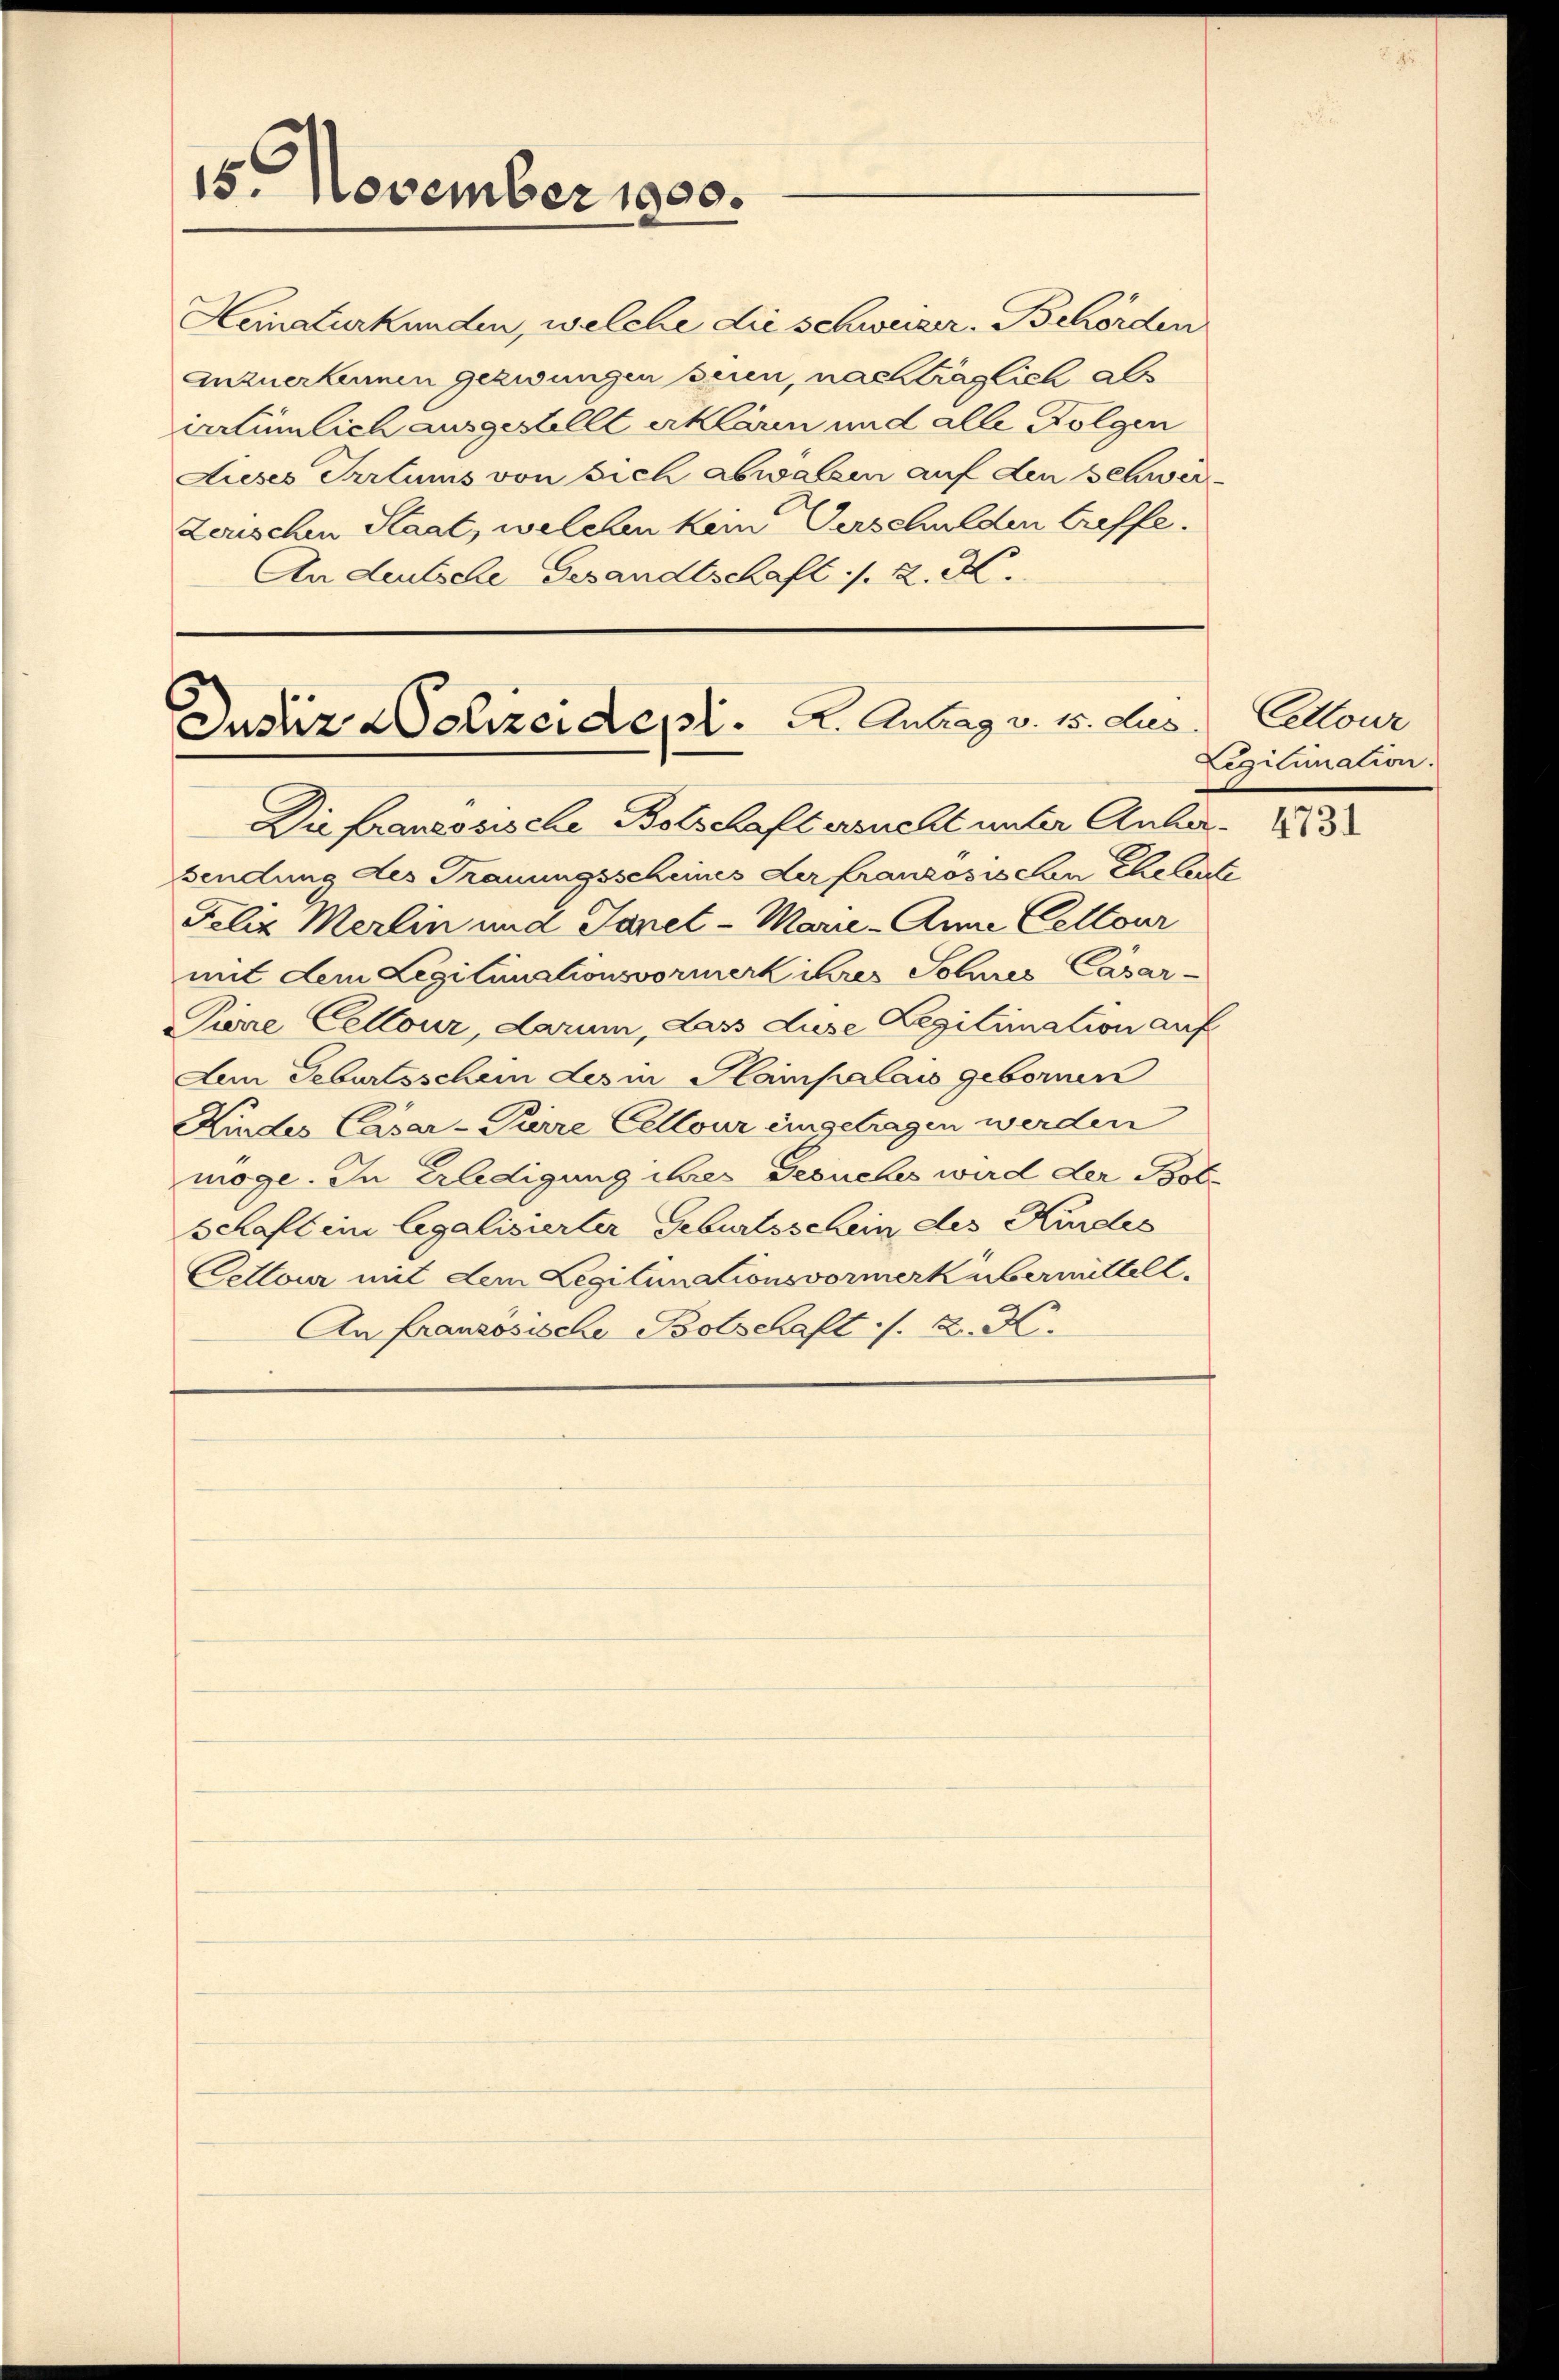
15 November 1900.

Hematurkunden, welche die schweizer. Behörden
anzuerkennen gezwungen seien, nachträglich ab
irrtümlich ausgestellt erklären und alle Folgen
Lieses Irrtums von sich abwalzen auf den Schwer
Lerischen Staat, welchen kein Verschulden treffe.
An deutsche Gesandtschaft 1/2. M.

Justiz Dolizeide pl.   A. Antrag v. 15. Aus

Die französische Botschaftersucht unter Amber 1883
sendung des Trauungsscheines der französischen Eheleute
Felix Merlin und Sonet - Marie-Anna Celtour
mit dem Legitimationsvormerk ihres Solares Casar-
Pine Cellour, darum, Lass Luse Legitimation auf
Aem Geburtsschein des in Hainpalais gebornen
Kindes Cäsar-Parre Cellour eingetragen werden
möge. In Erledigung ihres Gesuches wird der Bot¬
Schaft in legalisierter Geburtsschein des Kindes
Celtour mit dem Legitimationsvormerkübermittelt.
An französische Botschaft. A. H.

Lettour
Legitimation.